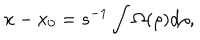
x - x _ { 0 } = s ^ { - 1 } \int \Omega ( \rho ) d \rho ,